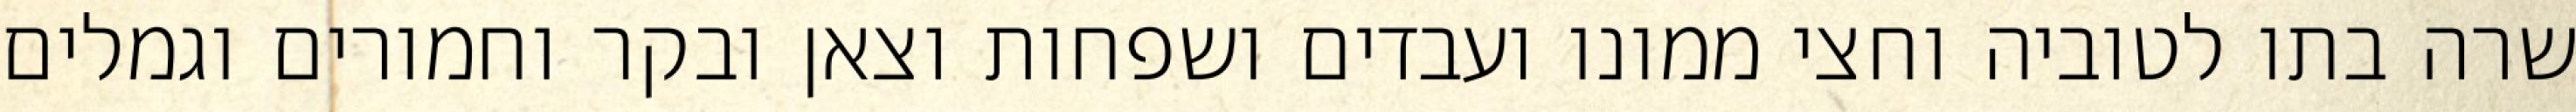
שרה בתו לטוביה וחצי ממונו ועבדים ושפחות וצאן ובקר וחמורים וגמלים